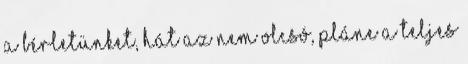
a bérletünket, hát az nem olcsó, pláne a teljes